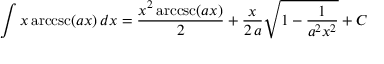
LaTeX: \int x \operatorname { a r c c s c } ( a x ) \, d x = { \frac { x ^ { 2 } \operatorname { a r c c s c } ( a x ) } { 2 } } + { \frac { x } { 2 \, a } } { \sqrt { 1 - { \frac { 1 } { a ^ { 2 } x ^ { 2 } } } } } + C